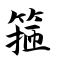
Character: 箍